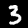
Digit: 3